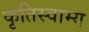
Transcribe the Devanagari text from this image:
कृतिस्वाम्य